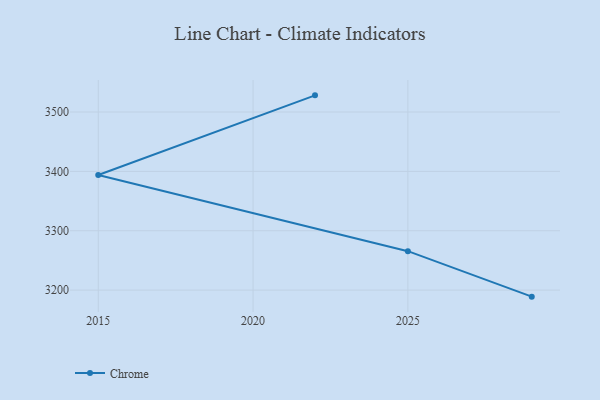
{"axis": {"x": "Year", "y": "Market Share (%)"}, "legend": ["Chrome"], "data": [{"x": "2022", "y": 3528.1, "type": "Chrome"}, {"x": "2015", "y": 3394.0, "type": "Chrome"}, {"x": "2025", "y": 3265.6, "type": "Chrome"}, {"x": "2029", "y": 3189.0, "type": "Chrome"}]}